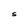
Character: S